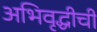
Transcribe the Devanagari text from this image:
अभिवृद्धीची